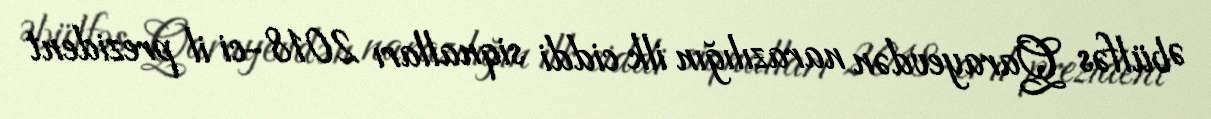
Əbülfəs Qarayevdən narazılığın ilk ciddi siqnalları 2018-ci il prezident